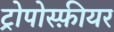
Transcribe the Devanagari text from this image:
ट्रोपोस्फ़ीयर